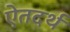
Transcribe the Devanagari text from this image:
ऐतदर्थ